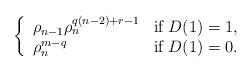
LaTeX: \begin{align*}\left\{ \begin{array}{ll}\rho_{n-1} \rho_n^{q(n-2)+r-1} & \mbox{if~} D(1)=1,\\ \rho_n^{m-q} & \mbox{if~} D(1)=0.\\\end{array}\right.\end{align*}